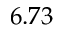
6 . 7 3